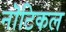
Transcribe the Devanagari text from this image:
नॊटिकल